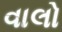
વાલો